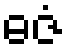
ဓဇံ